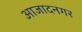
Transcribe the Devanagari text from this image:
आजादनगर